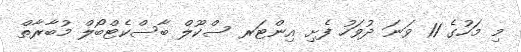
މި މަހުގެ 11 ވަނަ ދުވަހު ފެށި އިންޓަރ ސްކޫލް ބާސްކެޓްބޯލް މުބާރާތް